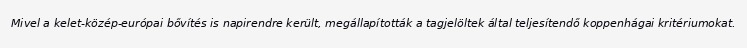
Mivel a kelet-közép-európai bővítés is napirendre került, megállapították a tagjelöltek által teljesítendő koppenhágai kritériumokat.